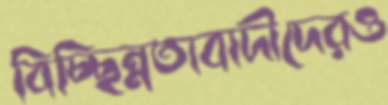
বিচ্ছিন্নতাবাদীদেরও